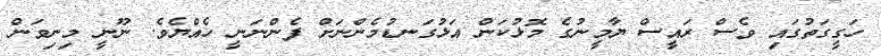
ހަގީގަތުގައި ވެސް ރައީސް ޔާމީނުގެ މޮޅުކަން އަޅުގަނޑުމެންނަށް ފެންނަނީ ހެއްޔެވެ. ނޫނީ މިނިވަން